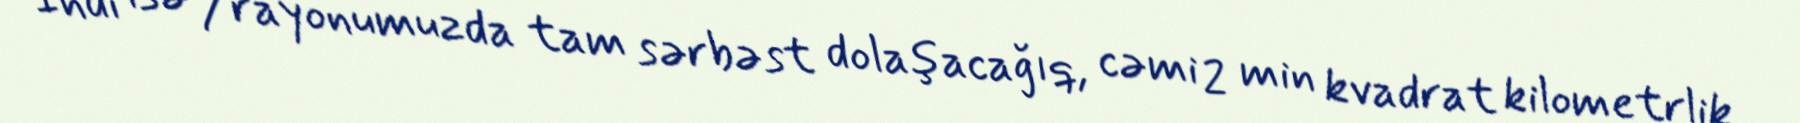
İndi isə 7 rayonumuzda tam sərbəst dolaşacağıq, cəmi 2 min kvadrat kilometrlik